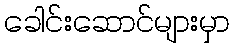
ခေါင်းဆောင်များမှာ